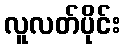
လူလတ်ပိုင်း